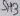
Text: SH3